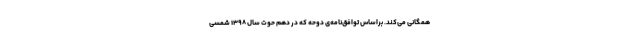
همگانی می‌کند. براساس توافق‌نامه‌ی دوحه که در دهم حوت سال ۱۳۹۸ شمسی